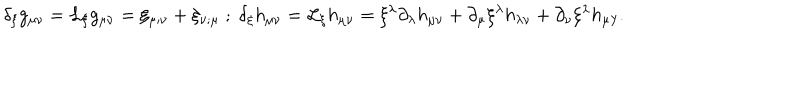
\delta _ { \xi } g _ { \mu \nu } = { \cal L } _ { \xi } g _ { \mu \nu } = \xi _ { \mu ; \nu } + \xi _ { \nu ; \mu } \; ; \; \delta _ { \xi } h _ { \mu \nu } = { \cal L } _ { \xi } h _ { \mu \nu } = \xi ^ { \lambda } \partial _ { \lambda } h _ { \mu \nu } + \partial _ { \mu } \xi ^ { \lambda } h _ { \lambda \nu } + \partial _ { \nu } \xi ^ { \lambda } h _ { \mu \lambda } .